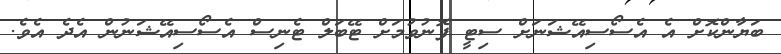
ބަޔާންކޮށް އެ އެސޯސިއޭޝަނަށް ސިޓީ ފޮނުވުމަށް ޓޭބަލް ޓެނިސް އެސޯސިއޭޝަނުން އެދެ އެވެ.